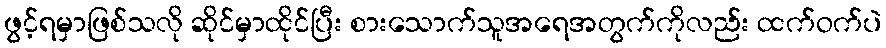
ဖွင့်ရမှာဖြစ်သလို ဆိုင်မှာထိုင်ပြီး စားသောက်သူအရေအတွက်ကိုလည်း ထက်ဝက်ပဲ